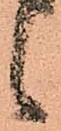
候